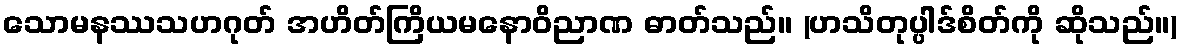
သောမနဿသဟဂုတ် အဟိတ်ကြိယမနောဝိညာဏ ဓာတ်သည်။ (ဟသိတုပ္ပါဒ်စိတ်ကို ဆိုသည်။)